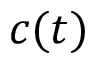
c ( t )